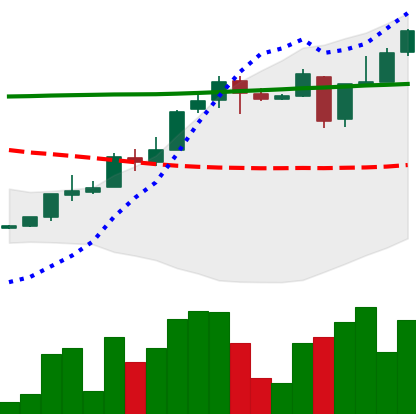
Ticker: XLM-USD
Chart end date: 2018-04-29
Forward return: -5.948%
Label: down_5_7